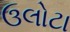
ઉલોટા